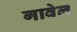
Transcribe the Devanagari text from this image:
गावेल